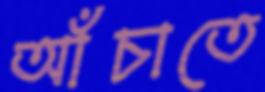
আঁচাতে